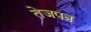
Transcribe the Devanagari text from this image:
तेजपत्र